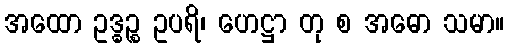
အထော ဥဒ္ဓဉ္စ ဥပရိ၊ ဟေဋ္ဌာ တု စ အဓော သမာ။